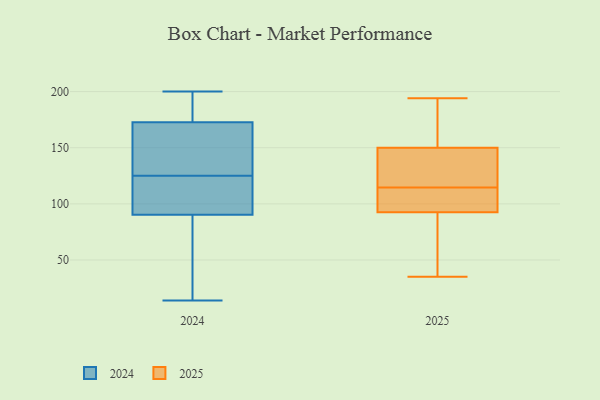
{"axis": {"x": "Headcount", "y": "Value"}, "legend": ["2024", "2025"], "data": [{"x": "", "y": 182, "type": "2025"}, {"x": "", "y": 194, "type": "2025"}, {"x": "", "y": 101, "type": "2025"}, {"x": "", "y": 86, "type": "2025"}, {"x": "", "y": 140, "type": "2025"}, {"x": "", "y": 146, "type": "2025"}, {"x": "", "y": 107, "type": "2025"}, {"x": "", "y": 167, "type": "2025"}, {"x": "", "y": 154, "type": "2025"}, {"x": "", "y": 58, "type": "2025"}, {"x": "", "y": 105, "type": "2025"}, {"x": "", "y": 129, "type": "2025"}, {"x": "", "y": 108, "type": "2025"}, {"x": "", "y": 99, "type": "2025"}, {"x": "", "y": 130, "type": "2025"}, {"x": "", "y": 35, "type": "2025"}, {"x": "", "y": 167, "type": "2025"}, {"x": "", "y": 121, "type": "2025"}, {"x": "", "y": 77, "type": "2025"}, {"x": "", "y": 53, "type": "2025"}, {"x": "", "y": 95, "type": "2024"}, {"x": "", "y": 120, "type": "2024"}, {"x": "", "y": 76, "type": "2024"}, {"x": "", "y": 34, "type": "2024"}, {"x": "", "y": 200, "type": "2024"}, {"x": "", "y": 168, "type": "2024"}, {"x": "", "y": 125, "type": "2024"}, {"x": "", "y": 14, "type": "2024"}, {"x": "", "y": 113, "type": "2024"}, {"x": "", "y": 189, "type": "2024"}, {"x": "", "y": 136, "type": "2024"}, {"x": "", "y": 187, "type": "2024"}, {"x": "", "y": 162, "type": "2024"}]}